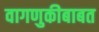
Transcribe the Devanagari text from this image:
वागणुकीबाबत